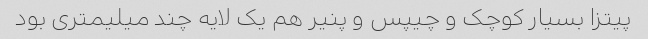
پیتزا بسیار کوچک و چیپس و پنیر هم یک لایه چند میلیمتری بود